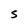
Character: S